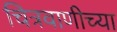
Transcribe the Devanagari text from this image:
चित्रवाणीच्या